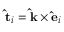
\mathbf { \hat { t } } _ { i } = \mathbf { \hat { k } } \times \mathbf { \hat { e } } _ { i }